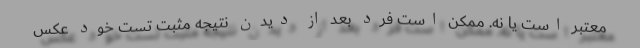
معتبر است یا نه. ممکن است فرد بعد از دیدن نتیجه مثبت تستِ خود عکس